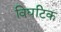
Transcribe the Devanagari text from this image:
विघटिक